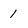
Character: 1